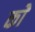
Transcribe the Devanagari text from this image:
काेे